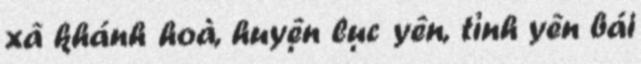
xã khánh hoà, huyện lục yên, tỉnh yên bái